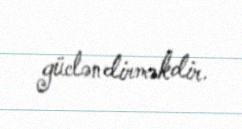
gücləndirməkdir.